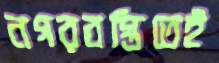
নগরবস্তিতেই